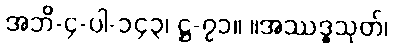
အဘိ-၄-ပါ-၁၄၃၊ ဋ္ဌ-၇၁။ ။အဿဒ္ဓသုတ်၊